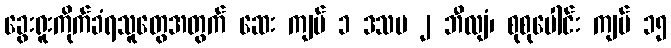
ခွေးရူးကိုက်ခံရသူတွေအတွက် ဆေး ကျပ် ၁ ဒသမ ၂ ဘီလျံ၊ စုစုပေါင်း ကျပ် ၁၅